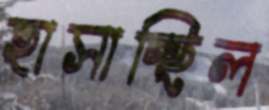
হাসাচ্ছিল